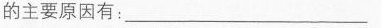
的主要原因有：___